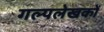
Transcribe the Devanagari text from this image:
गल्पलेखकों